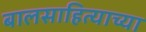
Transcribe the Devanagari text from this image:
बालसाहित्याच्या